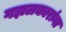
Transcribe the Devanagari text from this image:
गझलकारांना